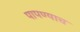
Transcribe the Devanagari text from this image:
पापण्याच